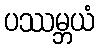
ပဿမ္ဘယံ